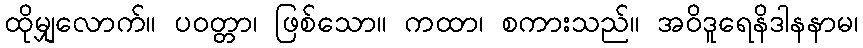
ထိုမျှလောက်။ ပဝတ္တာ၊ ဖြစ်သော။ ကထာ၊ စကားသည်။ အဝိဒူရေနိဒါနနာမ၊